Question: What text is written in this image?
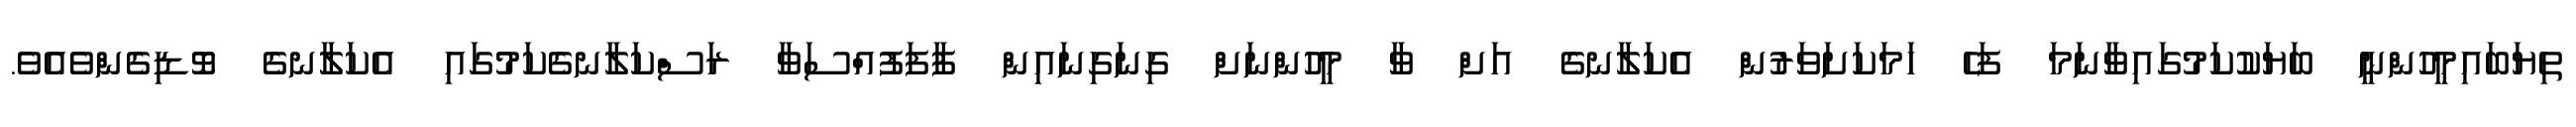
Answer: ތިޔަބައިމީހުންނީ ބަޔަކުކަމުގައިވާނަމަ ފަހެ ހަމަކަށަވަރުން އެކަލާނގެ އަށް ވާ މީހުންނަށް ގިނަގިނައިން ފާފަފުއްސަވާ ރަސްކަލާނގެކަމުގައި އެކަލާނގެ ވޮޑިގެންވެއެވެ.